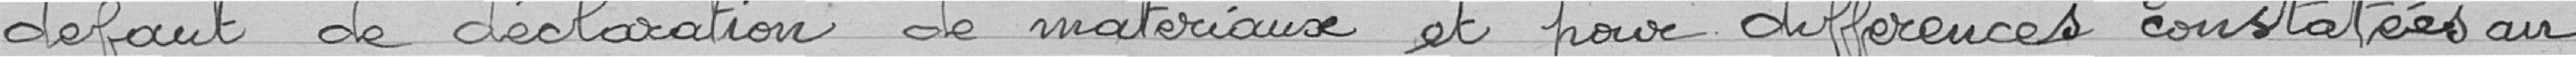
défaut de déclaration de matériaux et pour différences constatées au